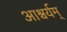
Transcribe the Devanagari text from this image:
आश्चर्यम्